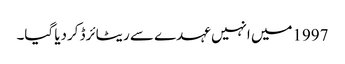
1997میں انہیں عہدے سے ریٹائرڈ کردیا گیا۔